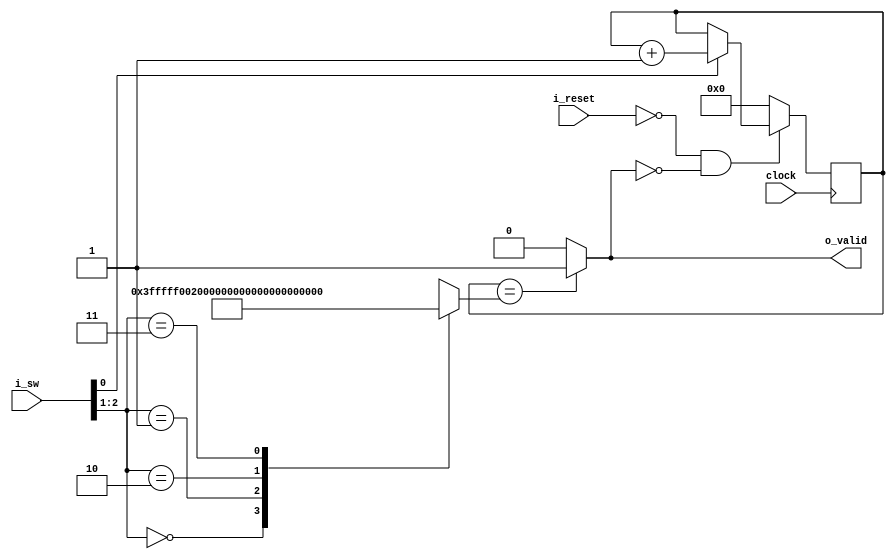
`timescale 1ns/100ps

module count_v2
    #(
        parameter   DATA_WIDTH = 32,
        parameter   SW_WIDTH = 4
    )
    (
    
        output                  o_valid,
        input   [SW_WIDTH-2:0]  i_sw,
        input                   i_reset,
        input                   clock
    
    );
    
    localparam R0 = (2**(DATA_WIDTH-10))-1;
    localparam R1 = (2**(DATA_WIDTH-11))-1;
    localparam R2 = (2**(DATA_WIDTH-12))-1;
    localparam R3 = (2**(DATA_WIDTH-13))-1;
    
    wire                        comp_reset;
    reg    [DATA_WIDTH-1:0]     count_data;
    reg    [DATA_WIDTH-1:0]     mux_data;
    
    // Mux
    always@(*) begin
        case (i_sw[2:1])
        
            2'b00:  mux_data = R0;
            2'b01:  mux_data = R1;
            2'b10:  mux_data = R2;
            2'b11:  mux_data = R3;
            //default: mux_data = {DATA_WIDTH{1'b0}};
    
        endcase
    end
    
    // Compare
    assign  o_valid     = (count_data == mux_data)? 1'b1 : 1'b0;
    assign  comp_reset  = (count_data == mux_data)? 1'b1 : 1'b0;
    
    // Counter 32b
    always @(posedge clock) begin
    
        if(!i_reset && !comp_reset) begin
            
            if(i_sw[0])
                count_data  <= count_data + {{DATA_WIDTH-1{1'b0}}, 1'b1};
            else
                count_data  <= count_data;
    
        end
        else
            count_data <= {DATA_WIDTH{1'b0}};
        
    end
    
endmodule